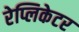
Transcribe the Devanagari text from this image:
रेप्लिकेटर